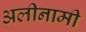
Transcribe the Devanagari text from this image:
अलीनामी